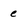
Character: e